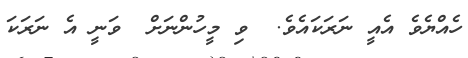
ހެއްޔެވެ އެއީ ނަރަކައެވެ.  ވި މީހުންނަށް  ވަނީ އެ ނަރަކަ